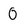
Character: 0